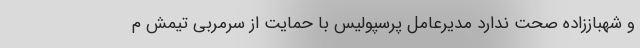
و شهباززاده صحت ندارد مدیرعامل پرسپولیس با حمایت از سرمربی تیمش م